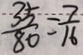
\frac { 3 5 } { 8 0 } = \frac { 7 } { 1 6 }